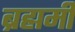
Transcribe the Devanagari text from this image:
ब्रह्ममी